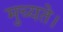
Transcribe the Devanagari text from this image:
मुच्यते।